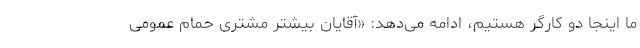
ما اینجا دو کارگر هستیم، ادامه می‌دهد: «آقایان بیشتر مشتری حمام عمومی